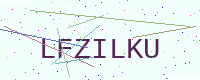
Text: LFZILKU